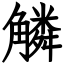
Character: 䚬